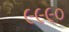
૯૯૯૦